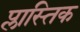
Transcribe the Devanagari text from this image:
प्लास्तिक